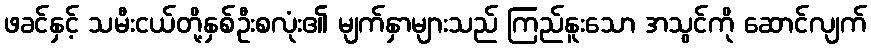
ဖခင်နှင့် သမီးငယ်တို့နှစ်ဦးစလုံး၏ မျက်နှာများသည် ကြည်နူးသော အသွင်ကို ဆောင်လျက်